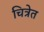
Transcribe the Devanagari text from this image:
चित्रेत